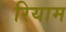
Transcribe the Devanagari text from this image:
रियाम